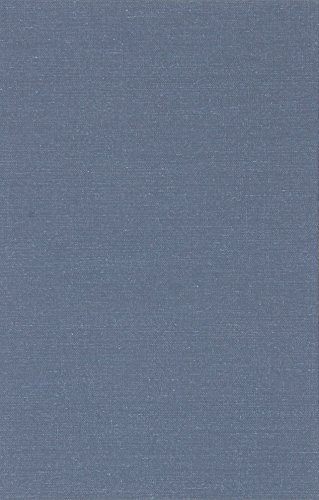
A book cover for The Book of Enoch; Enoch; Christian Books & Bibles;